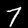
Label: 7